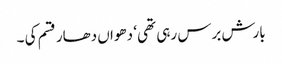
بارش برس رہی تھی ‘ دھواں دھار قسم کی ۔